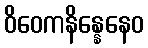
ဝိဝေကနိန္နေနေဝ